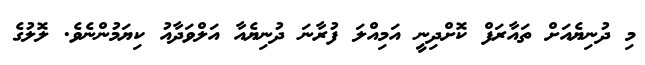
މި ދުނިޔެއަށް ތައާރަފް ކޮށްދިނީ އަމިއްލަ ފުރާނަ ދުނިޔެއާ އަލްވަދާއު ކިޔަމުންނެވެ. ލޮލުގެ